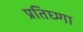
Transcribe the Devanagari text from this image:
प्रतिघ्णा